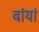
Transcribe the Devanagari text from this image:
बांयां